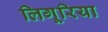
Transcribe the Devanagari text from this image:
लिगूरिया